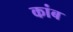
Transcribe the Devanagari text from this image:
कांब